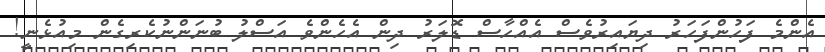
އެންމެ ފަހުންފަހަރު ދިޔައިރުވެސް އެއްހާސް ޑޮލަރު ދިން އެހެންވެ އަސްލު ބުނަންނުކެރިގެން މިއުޅެނީ!